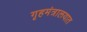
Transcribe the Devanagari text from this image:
गृहमंत्रालयात